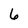
Character: 6